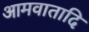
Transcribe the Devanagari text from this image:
आमवातादि